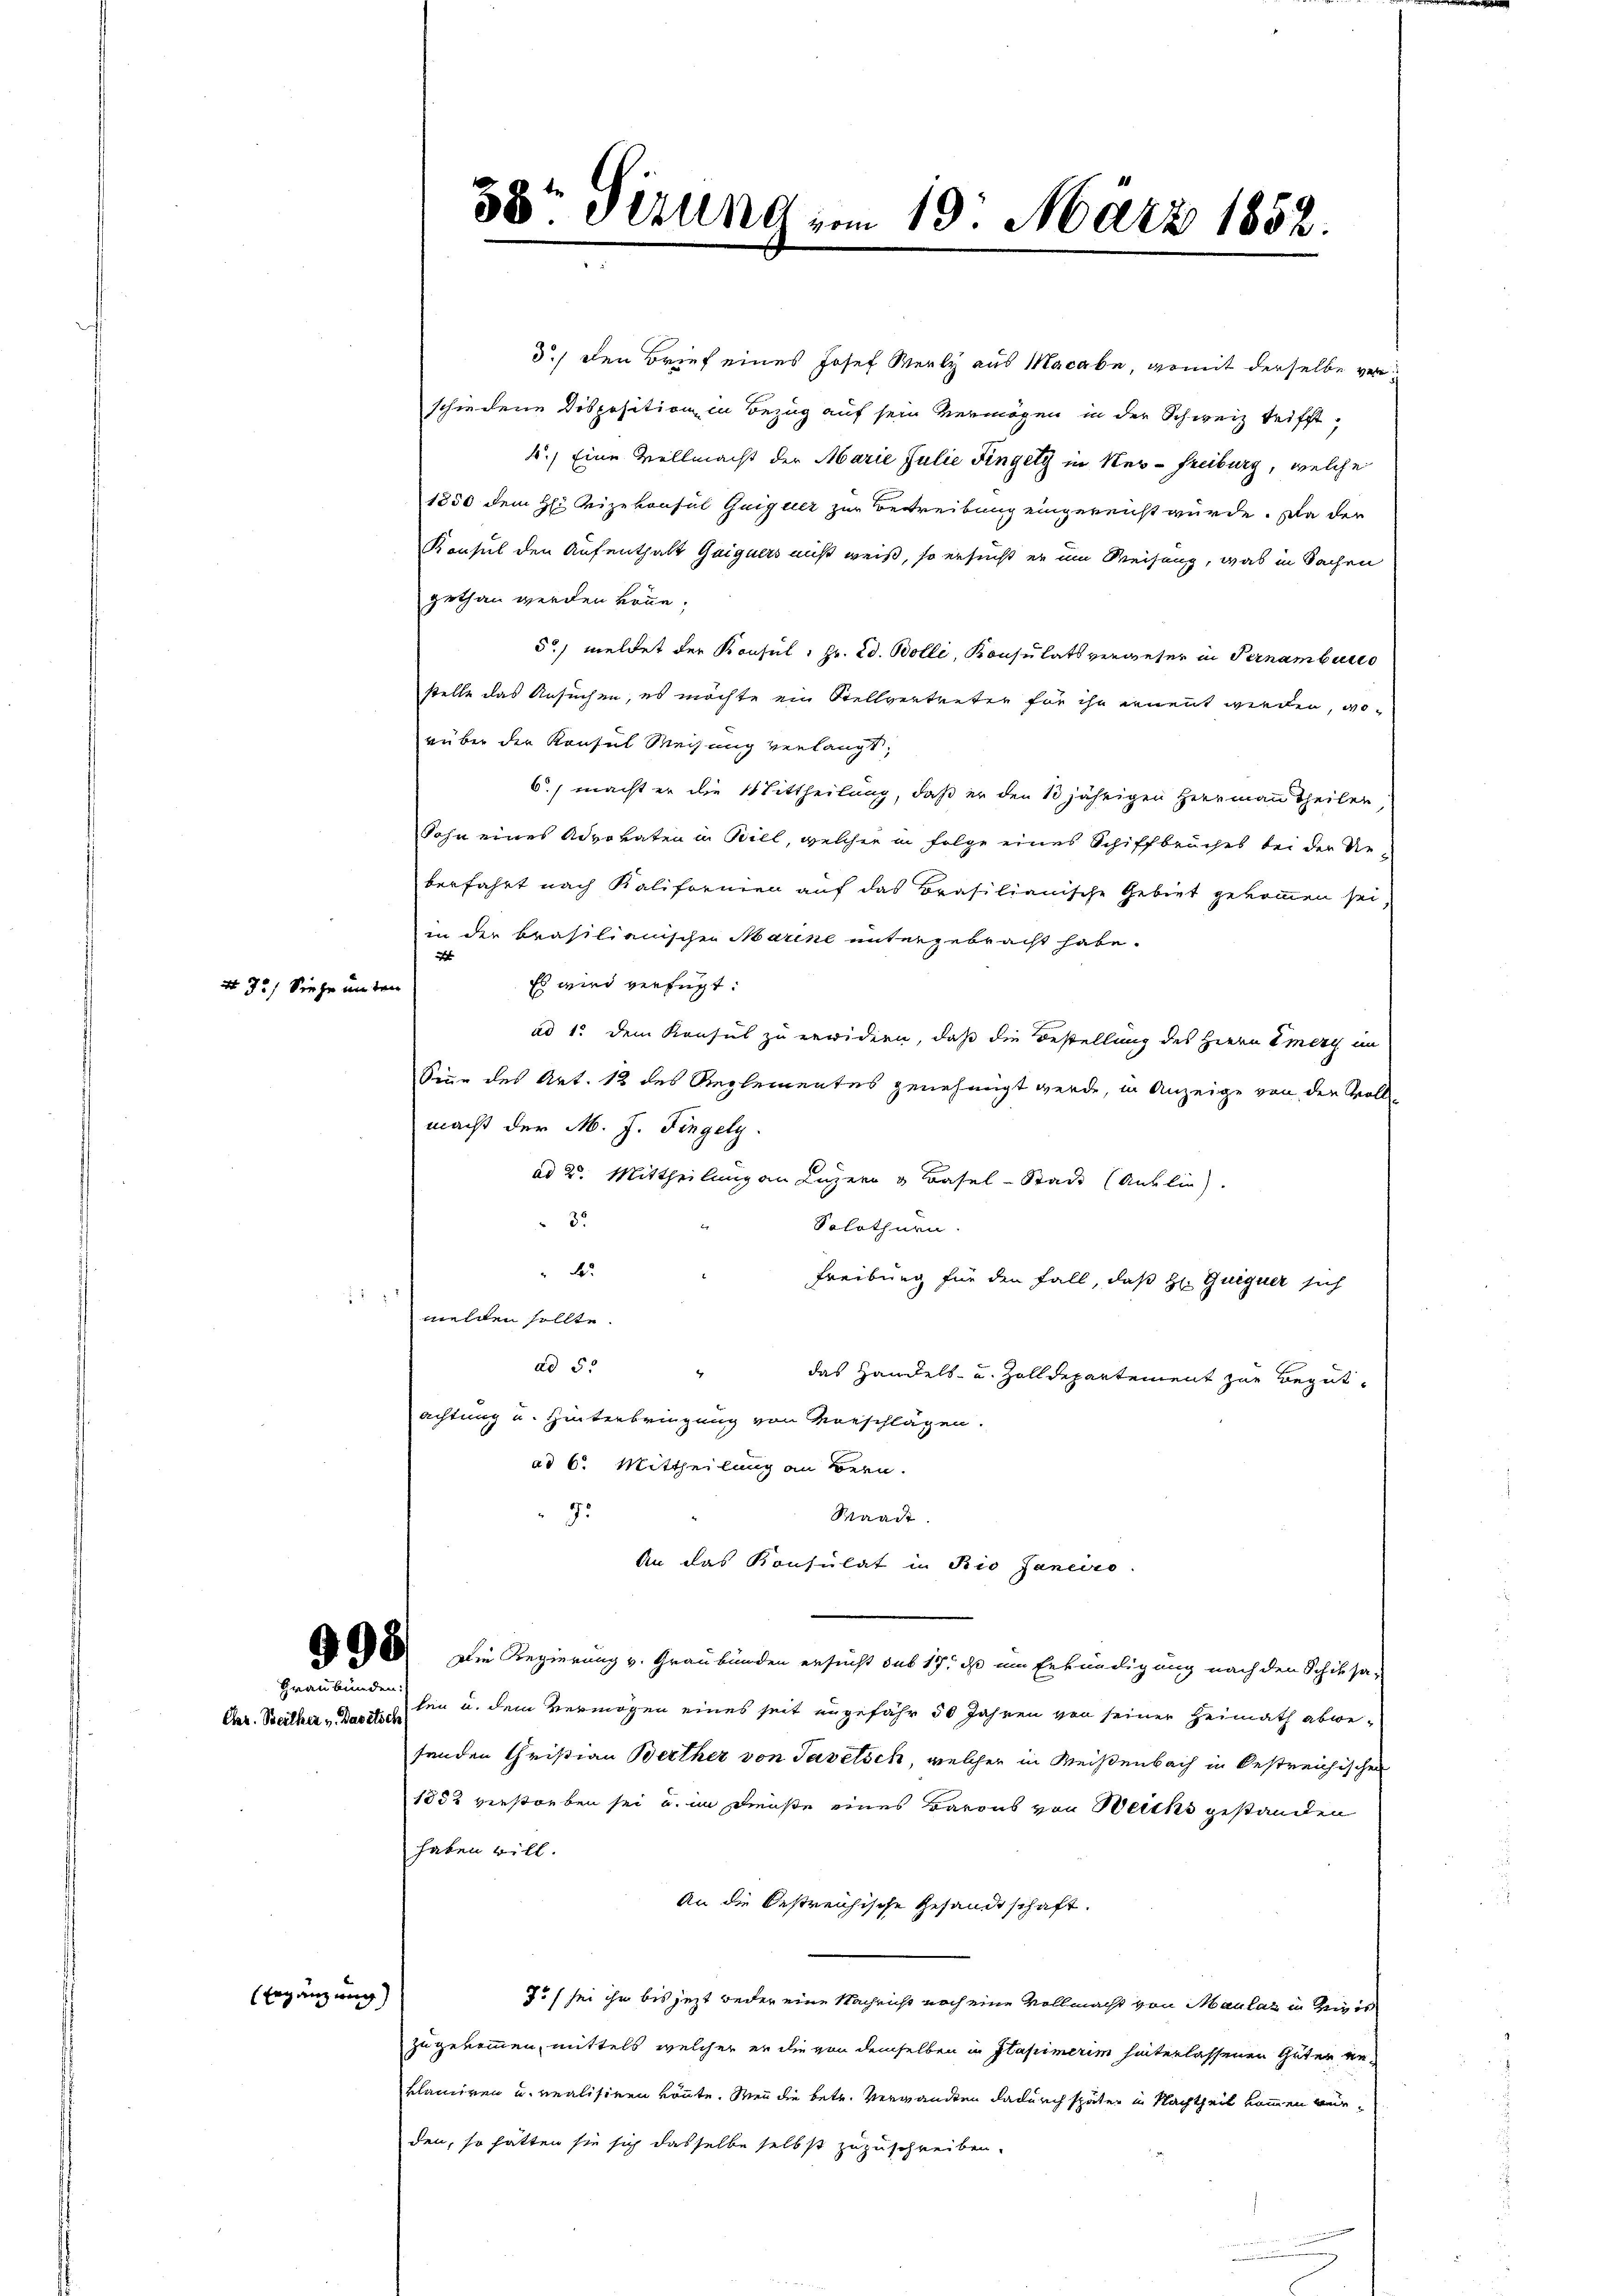
4 35) Siehe in wie

Graubünden.
Aar. Beither v. Basetisch

Ergänzung)

3.) Den Brief eines Josef Weely aus Macabe, womit derselbe verschiedene Disposition in Bezug auf sein Vermögen in der Schweiz trifft,
4.) Eine Vellmacht der Marie Julie Fingely in Ner-Freiburg, welche
1250 dem H: Reizekonsul Guiguer zur Betreibung eingereicht würde. Da der
Konsul den Aufenthalt Guigners nicht weiß, so ersucht er im Weisung, was in Sachen
gethan werden könne.
5) meldet der Konsul, Hr. Ed. Bolli, Konsulatsverweser in Pernamburea
stelle das Ansuchen, es möchte ein Stellvertreten für ihn ernennt werden, worüber der Konsul Weisung verlangt,
6.) macht er die Mittheilung, daß er den 13 jährigen Herrmann Theilen
Sohn eines Advokaten in Bill, welcher in Folge eines Schiffbruches bei der die
berfahrt nach Kalifornien auf das Brasilianische Gebiet gekommen sei
in der brasilianischen Marine untergebracht habe.
d
Es wird verfügt:
ad 1. dem Konsul zu erwidern, daß die Bestellung des Herrn Emery im
Sien des Art. 12 des Reglementes genehmigt werde, in Anzeige von den Voll-
macht der M. J. Fingely
ad 2. Mittheilung an Luzern v. Basel-Stadt (Anblic
35
Solothurn
.
Freiburg für den Fall, daß H. Guiguer sich
 melden sollte.
ad 5.
das Handels- und Zolldepartement zur Begutachtung u. Hinterbringung von Vorschlägen.
ad 6. Mittheilung an Bern.
95
Waadt.
An das Konsulat in Rio Janeiro
68. Die Regierung v. Graubünden ersucht das 17. ds um Erkundigung nach den Schiksa-
len u. dem Vermögen eines seit ungefähr 30 Jahren von seiner Heimath abwesenden Christian Berther von Tavetsch, welcher in Meißenbach in bestreichischen
1882 verstorben sei u. in Dienste eines Barons von Weichs gestanden
haben will.
An die bestreichische Gesandtschaft.
7/ sei ihr bis jetzt weder eine Nachricht noch eine Vollmacht von Maulaz in Zeigis
zugekommen, mittels welcher er die von demselben in Stapimerim hinterlassenen Güter in
klamiren u. realisiren könnte. Wenn die betr. Verwandten dadurch später in Nachtheil kommen würden, so hätten sie sich dasselbe selbst zuzuschreiben.

58t Sirung vom 19. März 1852.